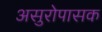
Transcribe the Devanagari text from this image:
असुरोपासक